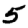
Digit: 5